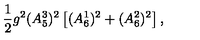
\frac { 1 } { 2 } g ^ { 2 } ( A _ { 5 } ^ { 3 } ) ^ { 2 } \left[ ( A _ { 6 } ^ { 1 } ) ^ { 2 } + ( A _ { 6 } ^ { 2 } ) ^ { 2 } \right] ,